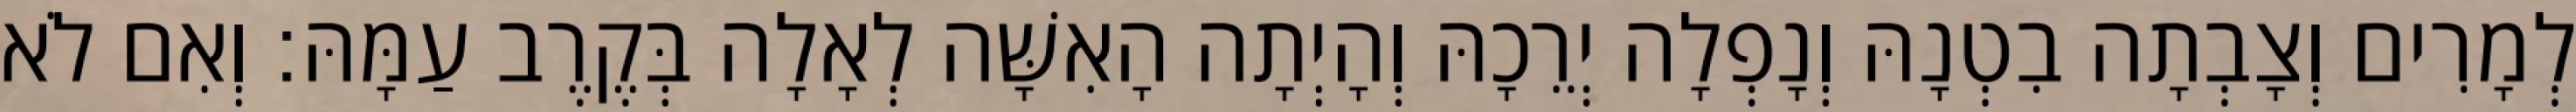
לְמָרִים וְצָבְתָה בִטְנָהּ וְנָפְלָה יְרֵכָהּ וְהָיְתָה הָאִשָּׁה לְאָלָה בְּקֶרֶב עַמָּהּ׃ וְאִם לֹא